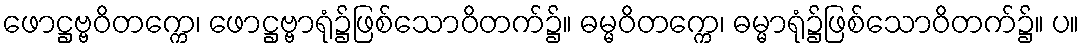
ဖောဋ္ဌဗ္ဗဝိတက္ကေ၊ ဖောဋ္ဌဗ္ဗာရုံ၌ဖြစ်သောဝိတက်၌။ ဓမ္မဝိတက္ကေ၊ ဓမ္မာရုံ၌ဖြစ်သောဝိတက်၌။ ပ။